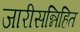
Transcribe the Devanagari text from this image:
जारीसन्निहित